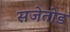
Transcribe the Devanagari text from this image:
सजेतोड